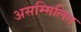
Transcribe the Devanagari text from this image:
असम्मिलित